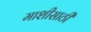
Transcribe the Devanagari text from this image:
माशीसाठी